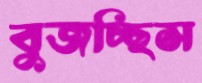
বুজচ্ছিস